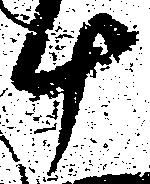
十